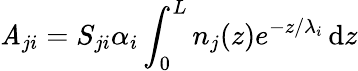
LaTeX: \mathit{A}_{ji}=S_{ji}\alpha_{i}\int_{0}^{L}n_{j}(z)e^{-z/\lambda_{i}}\, \mathrm{{d}}z